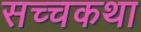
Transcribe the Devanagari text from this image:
सच्चकथा